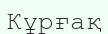
Кұрғақ